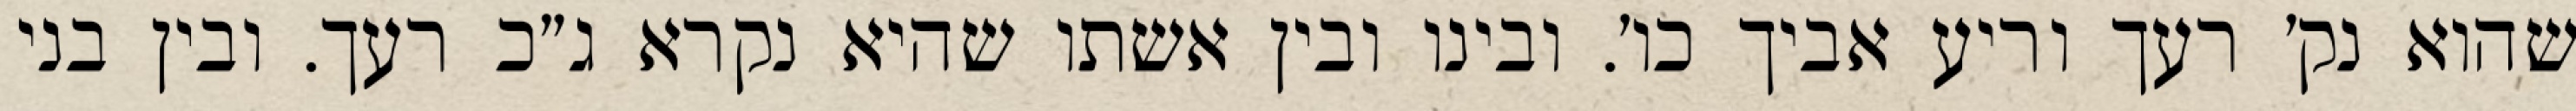
שהוא נק׳ רעך וריע אביך כו׳. ובינו ובין אשתו שהיא נקרא ג״כ רעך. ובין בני